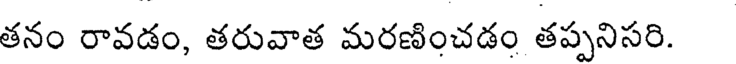
తనం రావడం, తరువాత మరణించడం తప్పనిసరి.